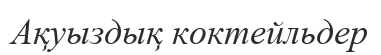
Ақуыздық коктейльдер